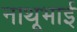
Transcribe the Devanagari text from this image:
नाथूभाई